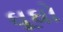
ઘૂઘો